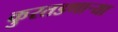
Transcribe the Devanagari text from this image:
कुरतडणार्‍या